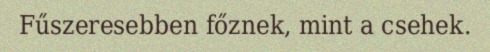
Fűszeresebben főznek, mint a csehek.